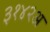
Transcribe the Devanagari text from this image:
३१४२अ